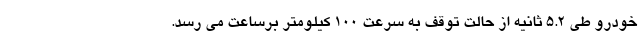
خودرو طی 5.2 ثانیه از حالت توقف به سرعت 100 کیلومتر برساعت می رسد.